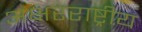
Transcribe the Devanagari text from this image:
अक्षरराष्ट्रीय